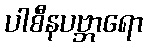
ပါစီနပဗ္ဘာရော